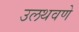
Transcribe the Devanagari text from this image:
उलथवणे